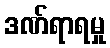
ဒဏ်ရာရမှု